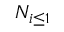
N _ { i \leq 1 }